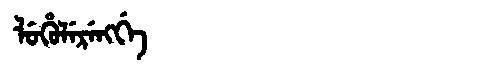
Manchu: ᠯᡠᡥᡠᠯᡝᡵᡝᠩᡤᡝ
Romanization: LUHULERENGGE